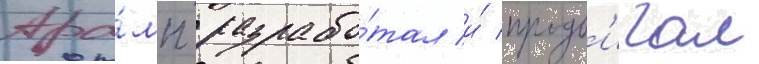
тра́мп разрабо́тал и́ продв'игал